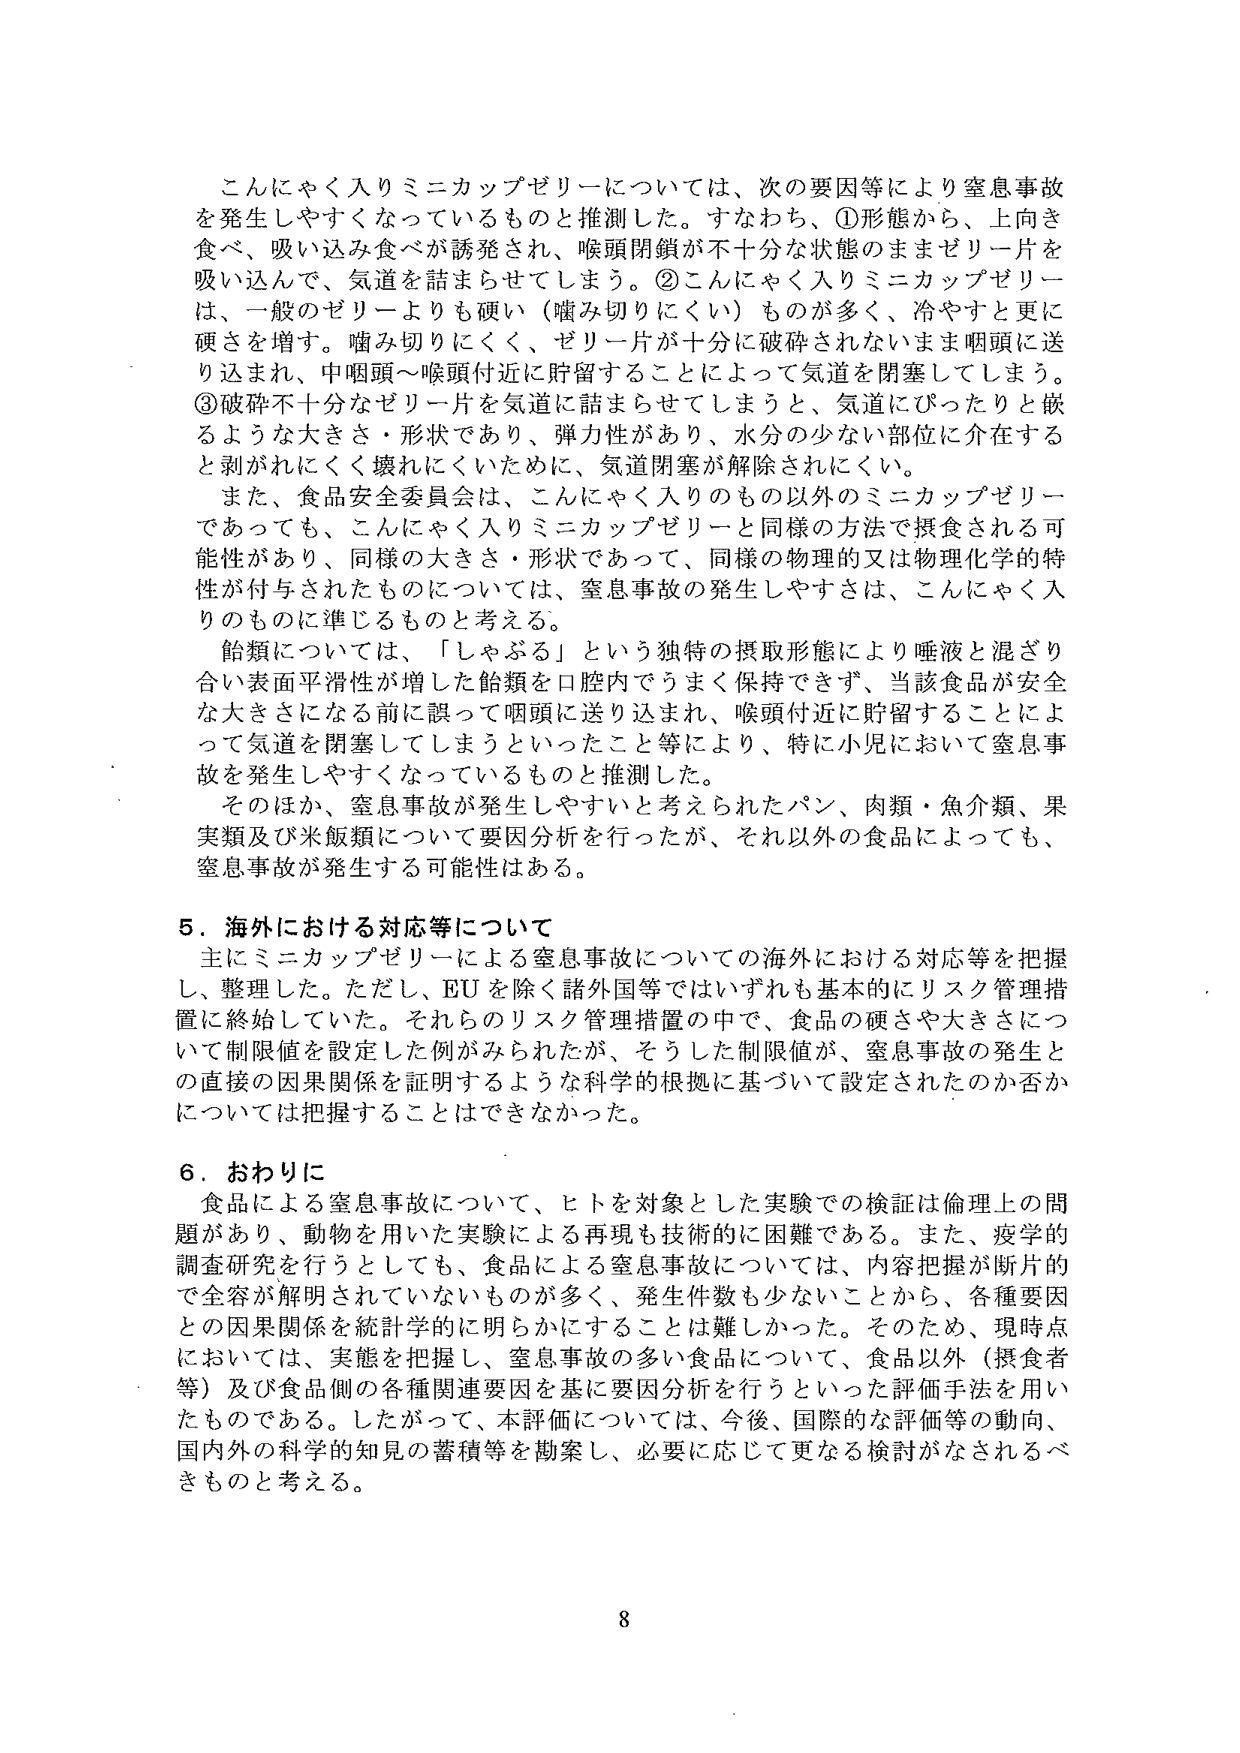
こんにゃく入りミニカップゼリーについては、次の要因等により窒息事故を発生しやすくなっているものと推測した。すなわち、①形態から、上向き食べ、吸い込み食べが誘発され、喉頭閉鎖が不十分な状態のままゼリー片を吸い込んで、気道を詰まらせてしまう。②こんにゃく入りミニカップゼリーは、一般のゼリーよりも硬い（噛み切りにくい）ものが多く、冷やすと更に硬さを増す。噛み切りにくく、ゼリー片が十分に破砕されないまま咽頭に送り込まれ、中咽頭～喉頭付近に貯留することによって気道を閉塞してしまう。③破砕不十分なゼリー片を気道に詰まらせてしまうと、気道にぴったりと嵌るような大きさ・形状であり、弾力性があり、水分の少ない部位に介在すると剥がれにくく壊れにくいために、気道閉塞が解除されにくい。

また、食品安全委員会は、こんにゃく入りのもの以外のミニカップゼリーであっても、こんにゃく入りミニカップゼリーと同様の方法で摂食される可能性があり、同様の大きさ・形状であって、同様の物理的又は物理化学的特性が付与されたものについては、窒息事故の発生しやすさは、こんにゃく入りのものに準じるものと考える。

飴類については、「しゃぶる」という独特の摂取形態により唾液と混ざり合い表面平滑性が増した飴類を口腔内でうまく保持できず、当該食品が安全な大きさになる前に誤って咽頭に送り込まれ、喉頭付近に貯留することによって気道を閉塞してしまうといったこと等により、特に小児において窒息事故を発生しやすくなっているものと推測した。

そのほか、窒息事故が発生しやすいと考えられたパン、肉類・魚介類、果実類及び米飯類について要因分析を行ったが、それ以外の食品によっても、窒息事故が発生する可能性はある。

5．海外における対応等について

主にミニカップゼリーによる窒息事故についての海外における対応等を把握し、整理した。ただし、EUを除く諸外国等ではいずれも基本的にリスク管理措置に終始していた。それらのリスク管理措置の中で、食品の硬さや大きさについて制限値を設定した例がみられたが、そうした制限値が、窒息事故の発生との直接の因果関係を証明するような科学的根拠に基づいて設定されたのか否かについては把握することはできなかった。

6．おわりに

食品による窒息事故について、ヒトを対象とした実験での検証は倫理上の問題があり、動物を用いた実験による再現も技術的に困難である。また、疫学的調査研究を行うとしても、食品による窒息事故については、内容把握が断片的で全容が解明されていないものが多く、発生件数も少ないことから、各種要因との因果関係を統計学的に明らかにすることは難しかった。そのため、現時点においては、実態を把握し、窒息事故の多い食品について、食品以外（摂食者等）及び食品側の各種関連要因を基に要因分析を行うといった評価手法を用いたものである。したがって、本評価については、今後、国際的な評価等の動向、国内外の科学的知見の蓄積等を勘案し、必要に応じて更なる検討がなされるべきものと考える。

8